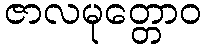
ဇာလမုတ္တောဝ